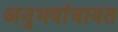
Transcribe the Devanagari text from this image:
अनुभवांबाबत